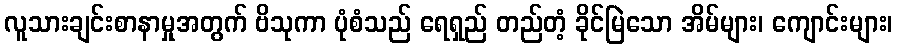
လူသားချင်းစာနာမှုအတွက် ဗိသုကာ ပုံစံသည် ရေရှည် တည်တံ့ ခိုင်မြဲသော အိမ်များ၊ ကျောင်းများ၊